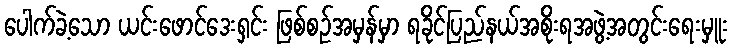
ပေါက်ခဲ့သော ယင်းဖောင်ဒေးရှင်း ဖြစ်စဉ်အမှန်မှာ ရခိုင်ပြည်နယ်အစိုးရအဖွဲ့အတွင်းရေးမှူး